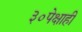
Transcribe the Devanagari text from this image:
३०पेक्षाही